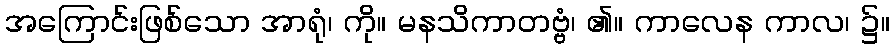
အကြောင်းဖြစ်သော အာရုံ၊ ကို။ မနသိကာတဗ္ဗံ၊ ၏။ ကာလေန ကာလ၊ ၌။